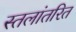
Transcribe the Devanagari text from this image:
स्तलांतरित